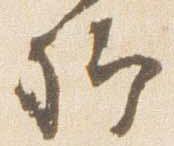
卿